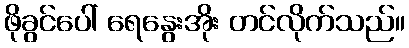
ဖိုခွင်ပေါ် ရေနွေးအိုး တင်လိုက်သည်။